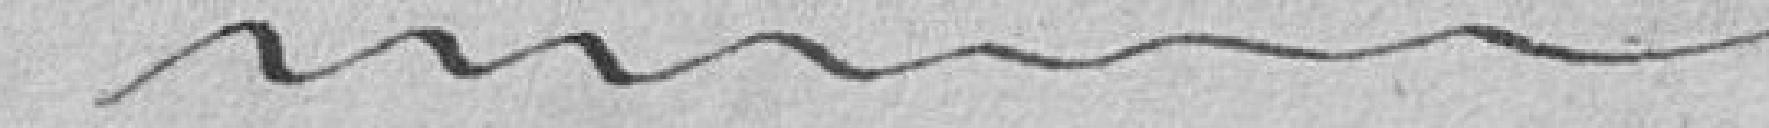
Total général des Recettes 42,566 . 46.